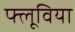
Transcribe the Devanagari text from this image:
फ्लूविया